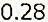
0.28